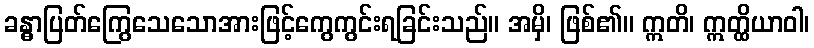
ခန္ဓာပြတ်ကြွေသေသောအားဖြင့်ကွေကွင်းရခြင်းသည်။ အမှိ၊ ဖြစ်၏။ ဣတိ၊ ဣတ္ထိယာဝါ၊